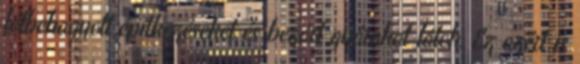
félbehagyott építkezéseket és bezárt gyárakat látok. Ez azért is